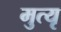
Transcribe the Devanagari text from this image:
मुत्यृ